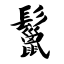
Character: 鬣